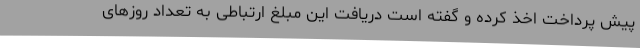
پیش پرداخت اخذ کرده و گفته است دریافت این مبلغ ارتباطی به تعداد روزهای